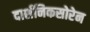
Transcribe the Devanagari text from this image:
दार्शनिकसोरेन